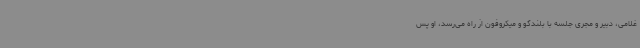
غلامی، دبیر و مجری جلسه با بلندگو و میکروفون از راه می‌رسد، او پس